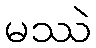
မဿဲ